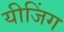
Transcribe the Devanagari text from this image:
यीजिंग